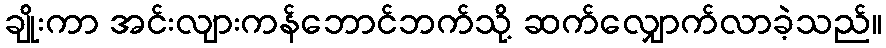
ချိုးကာ အင်းလျားကန်ဘောင်ဘက်သို့ ဆက်လျှောက်လာခဲ့သည်။